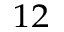
_ { 1 2 }